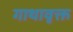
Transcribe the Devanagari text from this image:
गाथावृक्त